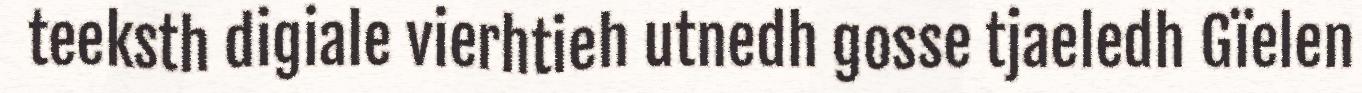
teeksth digiale vierhtieh utnedh gosse tjaeledh Gïelen